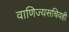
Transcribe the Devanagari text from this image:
वाणिज्यसचिवही